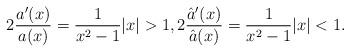
LaTeX: \begin{align*}2 \frac{a'(x)}{a(x)}=\frac{1}{x^2-1} |x|>1, 2\frac{\hat{a}'(x)}{\hat{a}(x)}=\frac{1}{x^2-1} |x|<1 .\end{align*}